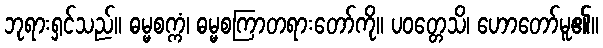
ဘုရားရှင်သည်။ ဓမ္မစက္ကံ၊ ဓမ္မစကြာတရားတော်ကို။ ပဝတ္တေသိ၊ ဟောတော်မူ၏။